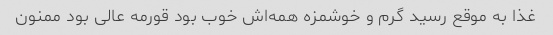
غذا به موقع رسید گرم و خوشمزه همه‌اش خوب بود قورمه عالی بود ممنون